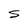
Character: s